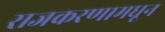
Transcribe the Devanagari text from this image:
राजकरणामधून